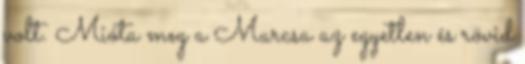
volt. Mióta meg a Marcsa az egyetlen és rövid